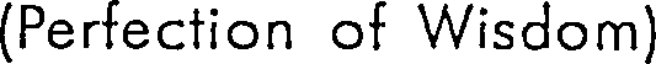
(Perfection of Wisdom)